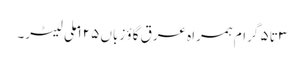
۳ تا ۵ گرام ہمراہ عرقِ گاؤ زباں ۱۲۵ ملی لیٹر۔